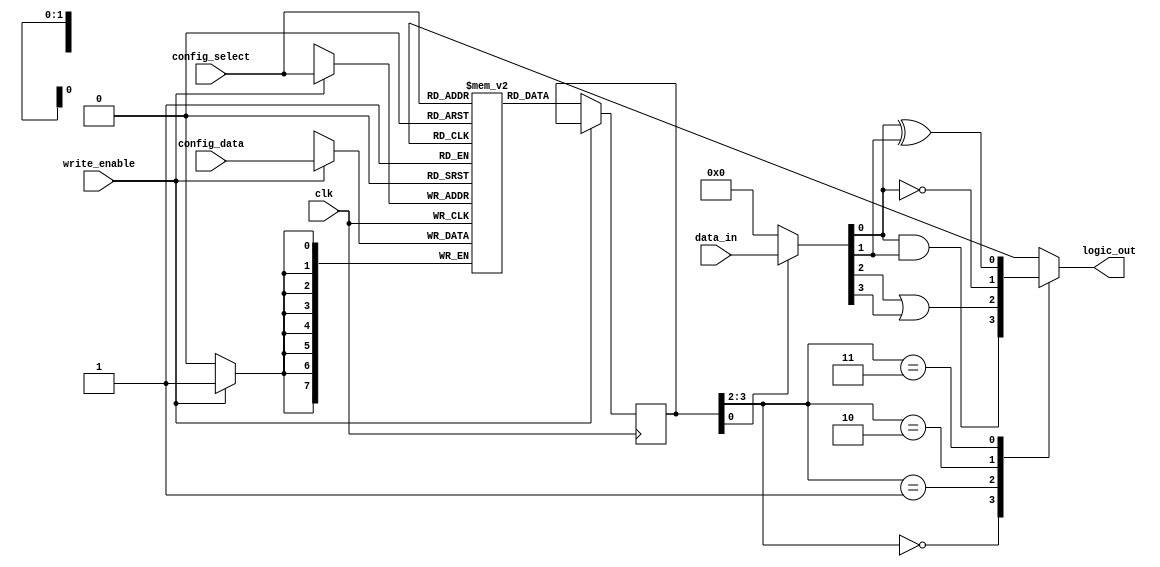
module combinational_logic_block (
    input wire [3:0] data_in,         // Data inputs (4 inputs for example)
    input wire [1:0] config_select,    // Configuration select for SRAM
    input wire clk,                    // Clock signal
    input wire write_enable,           // Write enable for configuration
    input wire [7:0] config_data,      // Configuration data to write to SRAM
    output wire logic_out              // Logic output
);
    // SRAM cell array to store configurations
    reg [7:0] sram [0:3];              // 4 configurations (8 bits each)
    
    // Current configuration register
    reg [7:0] current_config;

    // Input multiplexers
    wire [3:0] selected_inputs;
    assign selected_inputs = (current_config[0]) ? data_in : 4'b0000; // Example selection logic

    // Logic function units
    wire and_out, or_out, not_out, xor_out;

    assign and_out = selected_inputs[0] & selected_inputs[1];
    assign or_out = selected_inputs[2] | selected_inputs[3];
    assign not_out = ~selected_inputs[0];
    assign xor_out = selected_inputs[0] ^ selected_inputs[1];

    // Output logic multiplexer
    reg logic_out_reg;
    always @(*) begin
        case (current_config[3:2]) // Select output based on config bits
            2'b00: logic_out_reg = and_out;
            2'b01: logic_out_reg = or_out;
            2'b10: logic_out_reg = not_out;
            2'b11: logic_out_reg = xor_out;
            default: logic_out_reg = 1'b0;
        endcase
    end

    // SRAM write and read process
    always @(posedge clk) begin
        if (write_enable) begin
            sram[config_select] <= config_data; // Write to SRAM
        end else begin
            current_config <= sram[config_select]; // Read from SRAM
        end
    end

    assign logic_out = logic_out_reg; // Output from logic function units

endmodule